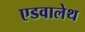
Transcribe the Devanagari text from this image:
एडवालेथ